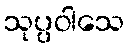
သုပ္ပဝါသေ